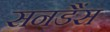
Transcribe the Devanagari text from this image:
सनडैंस